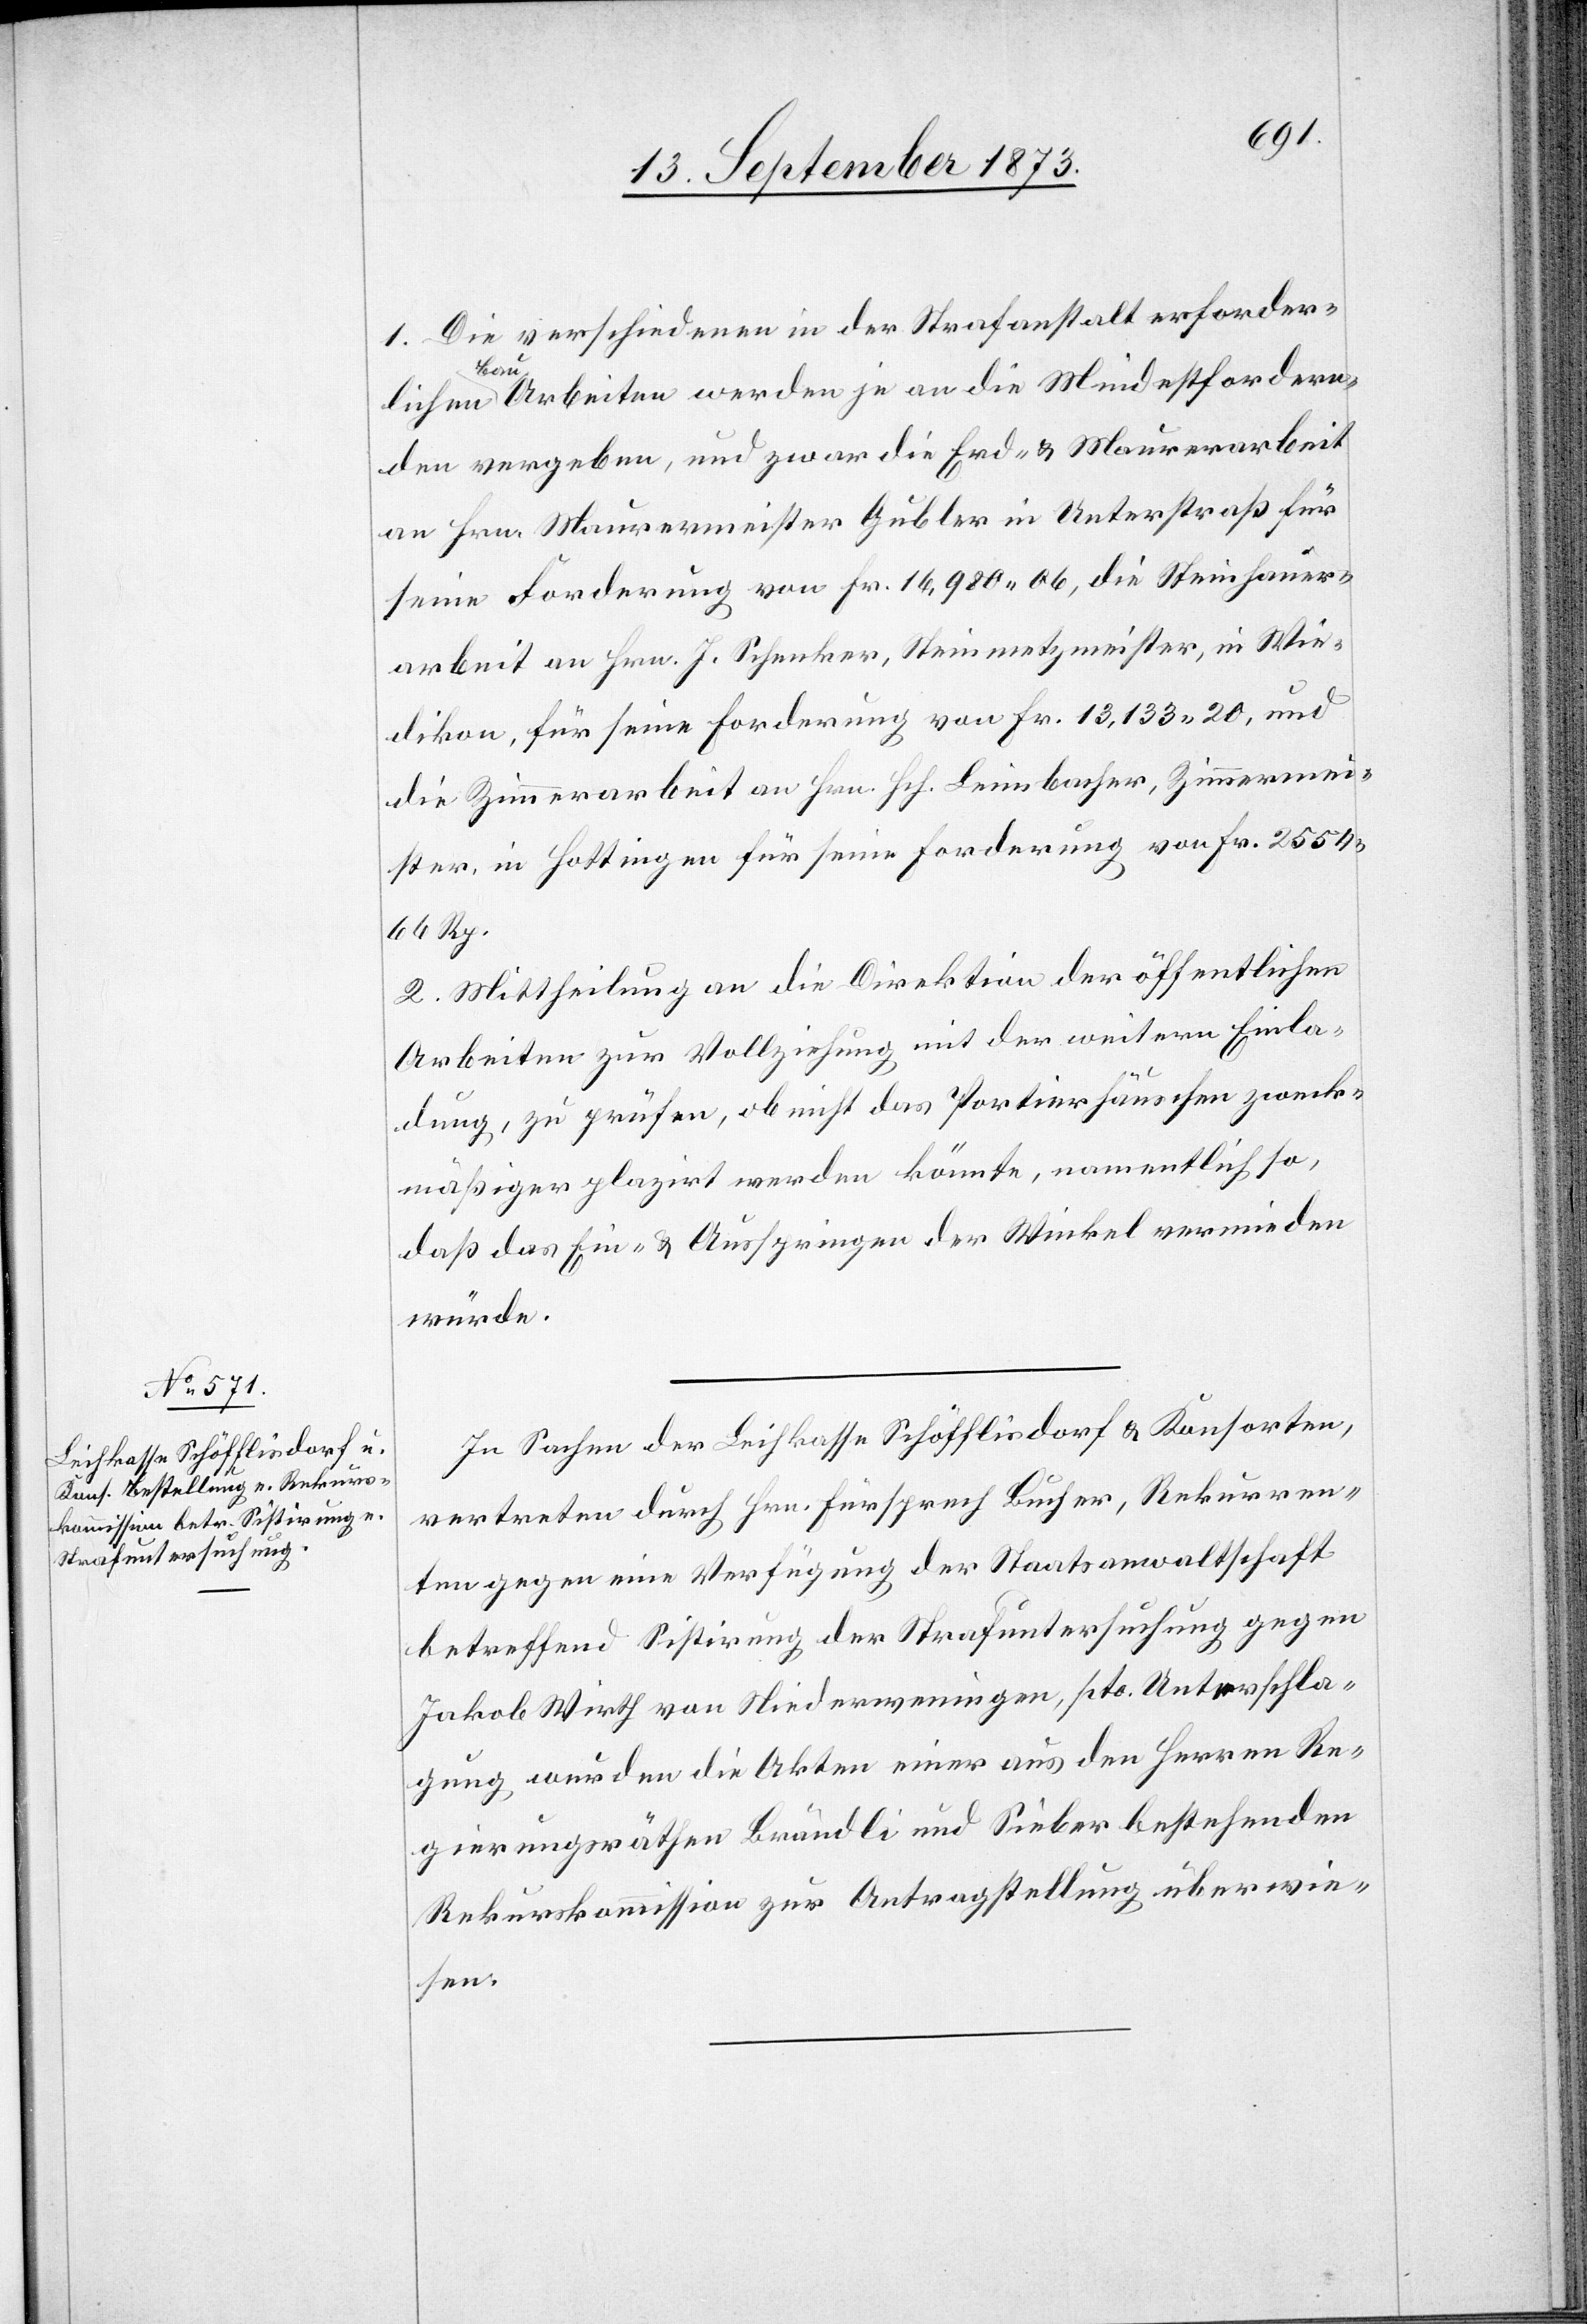
1. Die verschiedenen in der Strafanstalt erforder¬
lichen Bau-Arbeiten werden je an die Mindestfordern¬
den vergeben, und zwar die Erd- & Maurerarbeit
an Hrn. Maurermeister Gubler in Unterstraß für
seine Forderung von Fr. 16,980 06, die Steinhauer¬
arbeit an Hrn. J. Schenker, Steinmetzmeister, in Wie¬
dikon, für seine Forderung von Fr. 13,133 20, und
die Zimmerarbeit an Hrn. Hch. Leimbacher, Zimmermei¬
ster, in Hottingen für seine Forderung von Fr. 2 554
66 Rp.
2. Mittheilung an die Direktion der öffentlichen
Arbeiten zur Vollziehung mit der weitern Einla¬
dung, zu prüfen, ob nicht das Portierhäuschen zweck¬
mäßiger plazirt werden könnte, namentlich so,
daß das Ein- & Ausspringen der Winkel vermieden
würde.
In Sachen der Leihkasse Schöfflisdorf & Konsorten,
vertreten durch Hrn. Fürsprech Bucher, Rekurren¬
ten gegen eine Verfügung der Staatsanwaltschaft
betreffend Sistirung der Strafuntersuchung gegen
Jakob Wirth von Niederweningen, pto. Unterschla¬
gung wurden die Akten einer aus den Herren Re¬
gierungsräthen Brändli und Sieber bestehenden
Rekurskommission zur Antragstellung überwie¬
sen.